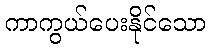
ကာကွယ်ပေးနိုင်သော